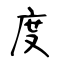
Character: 度